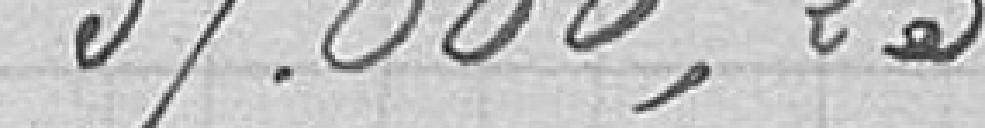
37666,23